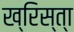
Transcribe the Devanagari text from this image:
ख्रिस्‍त्‍ा